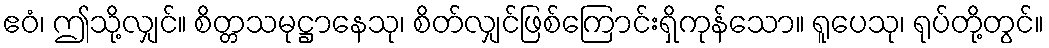
ဧဝံ၊ ဤသို့လျှင်။ စိတ္တသမုဋ္ဌာနေသု၊ စိတ်လျှင်ဖြစ်ကြောင်းရှိကုန်သော။ ရူပေသု၊ ရုပ်တို့တွင်။